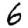
Digit: 6